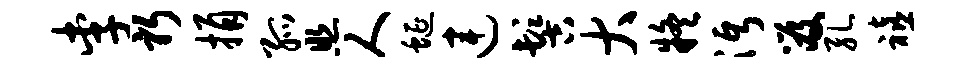
李躬捐孤照人蜒连髻大疑沔笈孔禧